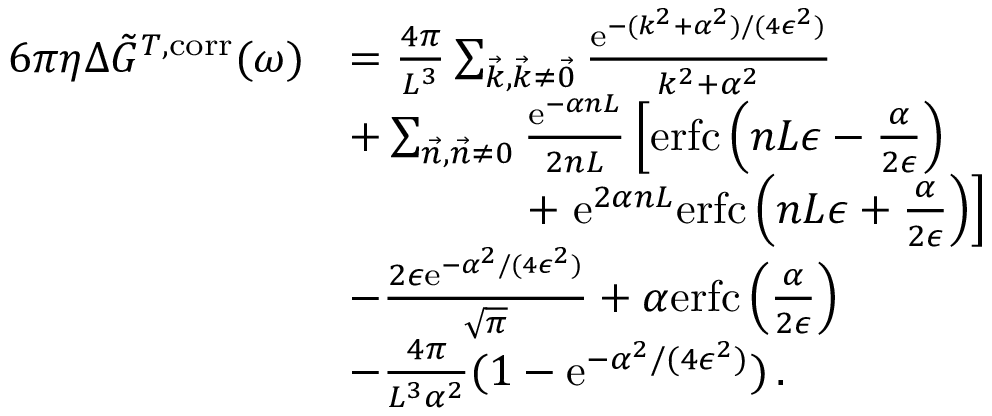
\begin{array} { r l } { 6 \pi \eta \Delta \Tilde { G } ^ { T , \mathrm { c o r r } } ( \omega ) } & { = \frac { 4 \pi } { L ^ { 3 } } \sum _ { \vec { k } , \vec { k } \neq \vec { 0 } } \frac { \mathrm { e } ^ { - ( k ^ { 2 } + \alpha ^ { 2 } ) / ( 4 \epsilon ^ { 2 } ) } } { k ^ { 2 } + \alpha ^ { 2 } } } \\ & { + \sum _ { \vec { n } , \vec { n } \neq 0 } \frac { \mathrm { e } ^ { - \alpha n L } } { 2 n L } \left[ \mathrm { e r f c } \left( n L \epsilon - \frac { \alpha } { 2 \epsilon } \right) \right. } \\ & { \qquad \qquad + \left. \mathrm { e } ^ { 2 \alpha n L } \mathrm { e r f c } \left( n L \epsilon + \frac { \alpha } { 2 \epsilon } \right) \right] } \\ & { - \frac { 2 \epsilon \mathrm { e } ^ { - \alpha ^ { 2 } / ( 4 \epsilon ^ { 2 } ) } } { \sqrt { \pi } } + \alpha \mathrm { e r f c } \left( \frac { \alpha } { 2 \epsilon } \right) } \\ & { - \frac { 4 \pi } { L ^ { 3 } \alpha ^ { 2 } } ( 1 - \mathrm { e } ^ { - \alpha ^ { 2 } / ( 4 \epsilon ^ { 2 } ) } ) \, . } \end{array}